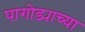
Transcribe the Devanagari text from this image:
पागोड्याच्या